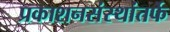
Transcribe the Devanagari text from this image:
प्रकाशनसंस्थांतर्फे